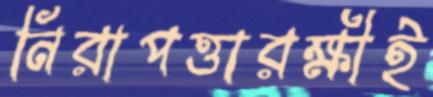
নিরাপত্তারক্ষীই